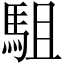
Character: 駔